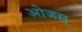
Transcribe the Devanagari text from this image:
ओजस्‌